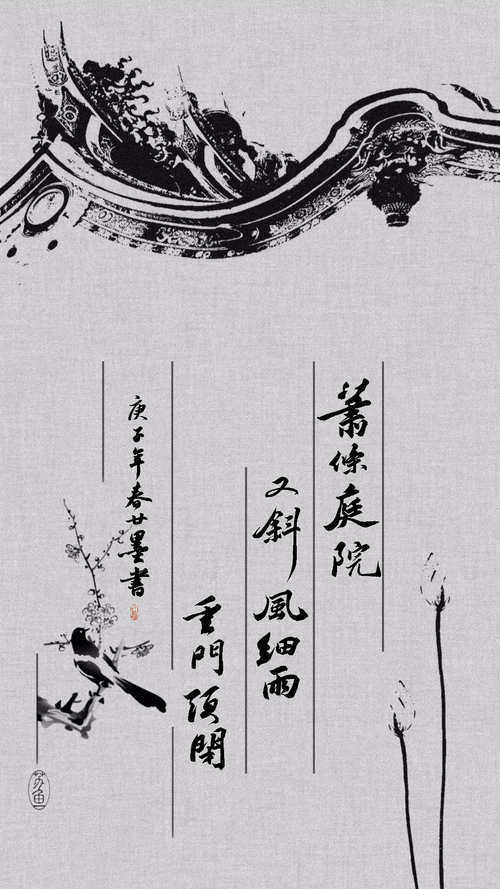
萧条庭院，又斜风细雨，重门须闭。